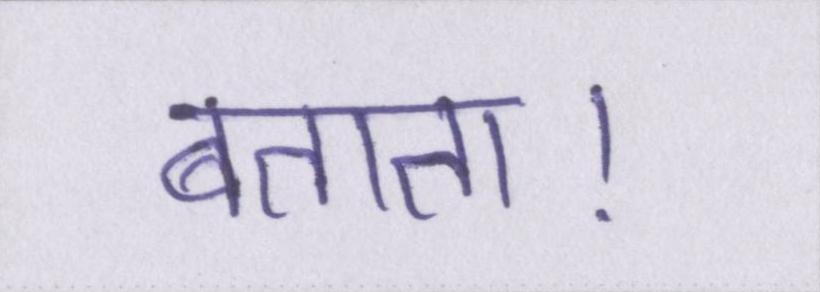
बताता।